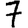
Digit: 7